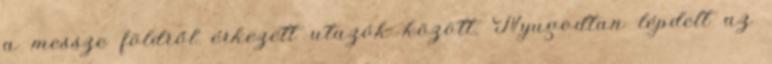
a messze földről érkezett utazók között. Nyugodtan lépdelt az